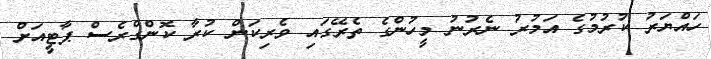
ހައްޔަރު ކުރުމުގެ އަމުރު ނެރުނު މީހުންގެ ތެރޭގައި ވެރިކަން ކުރާ ކޮންގްރެސް ޕާޓީއަށް